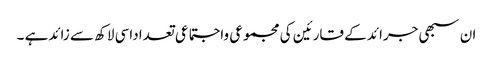
ان سبھی جرائد کے قارئین کی مجموعی واجتماعی تعداداسی لاکھ سے زائدہے ۔